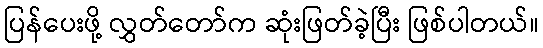
ပြန်ပေးဖို့ လွှတ်တော်က ဆုံးဖြတ်ခဲ့ပြီး ဖြစ်ပါတယ်။